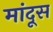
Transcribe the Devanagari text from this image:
मांदूस